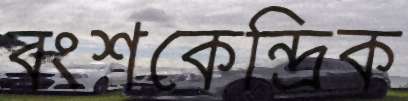
বংশকেন্দ্রিক